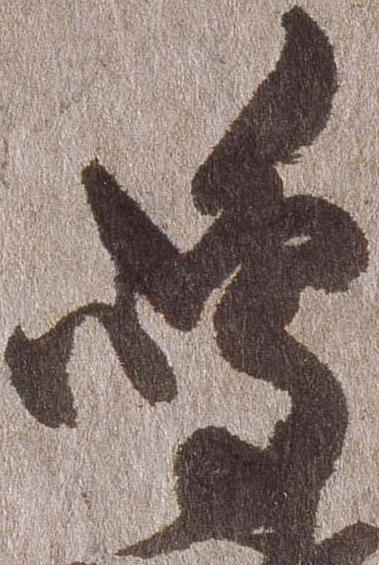
嶋